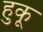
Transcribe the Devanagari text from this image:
हुकू